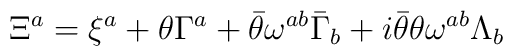
\Xi^{a}=\xi^{a}+\theta\Gamma^{a}+\bar{\theta}\omega^{ab}\bar{\Gamma}_b+i\bar{\theta}\theta\omega^{ab}\Lambda_b